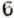
6